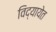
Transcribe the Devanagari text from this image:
विद्यायेत